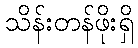
သိန်းတန်ဖိုးရှိ